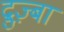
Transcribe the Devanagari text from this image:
द्रुज़्बा